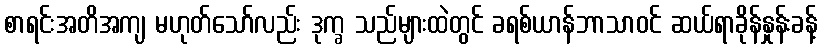
စာရင်းအတိအကျ မဟုတ်သော်လည်း ဒုက္ခ သည်များထဲတွင် ခရစ်ယာန်ဘာသာဝင် ဆယ်ရာခိုန်နှုန်းခန့်